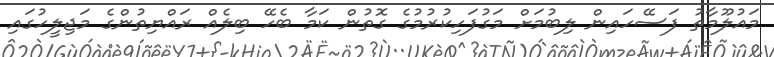
މައުލޫމާތު ފަސޭހައިން ލިބުމަށް މަގުފަހިކުރުމުގެ ގޮތުން ކަމާ ބެހޭ ބިލެއް ރައްޔިތުންގެ މަޖިލީހުގައި